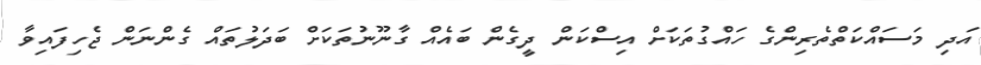
އަދި މަސައްކަތްތެރިންގެ ހައްގުތަކަށް އިސްކަން ދީގެން ބައެއް ގާނޫނުތަކަށް ބަދަލުތައް ގެންނަން ޖެހިފައިވާ